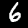
Digit: 6